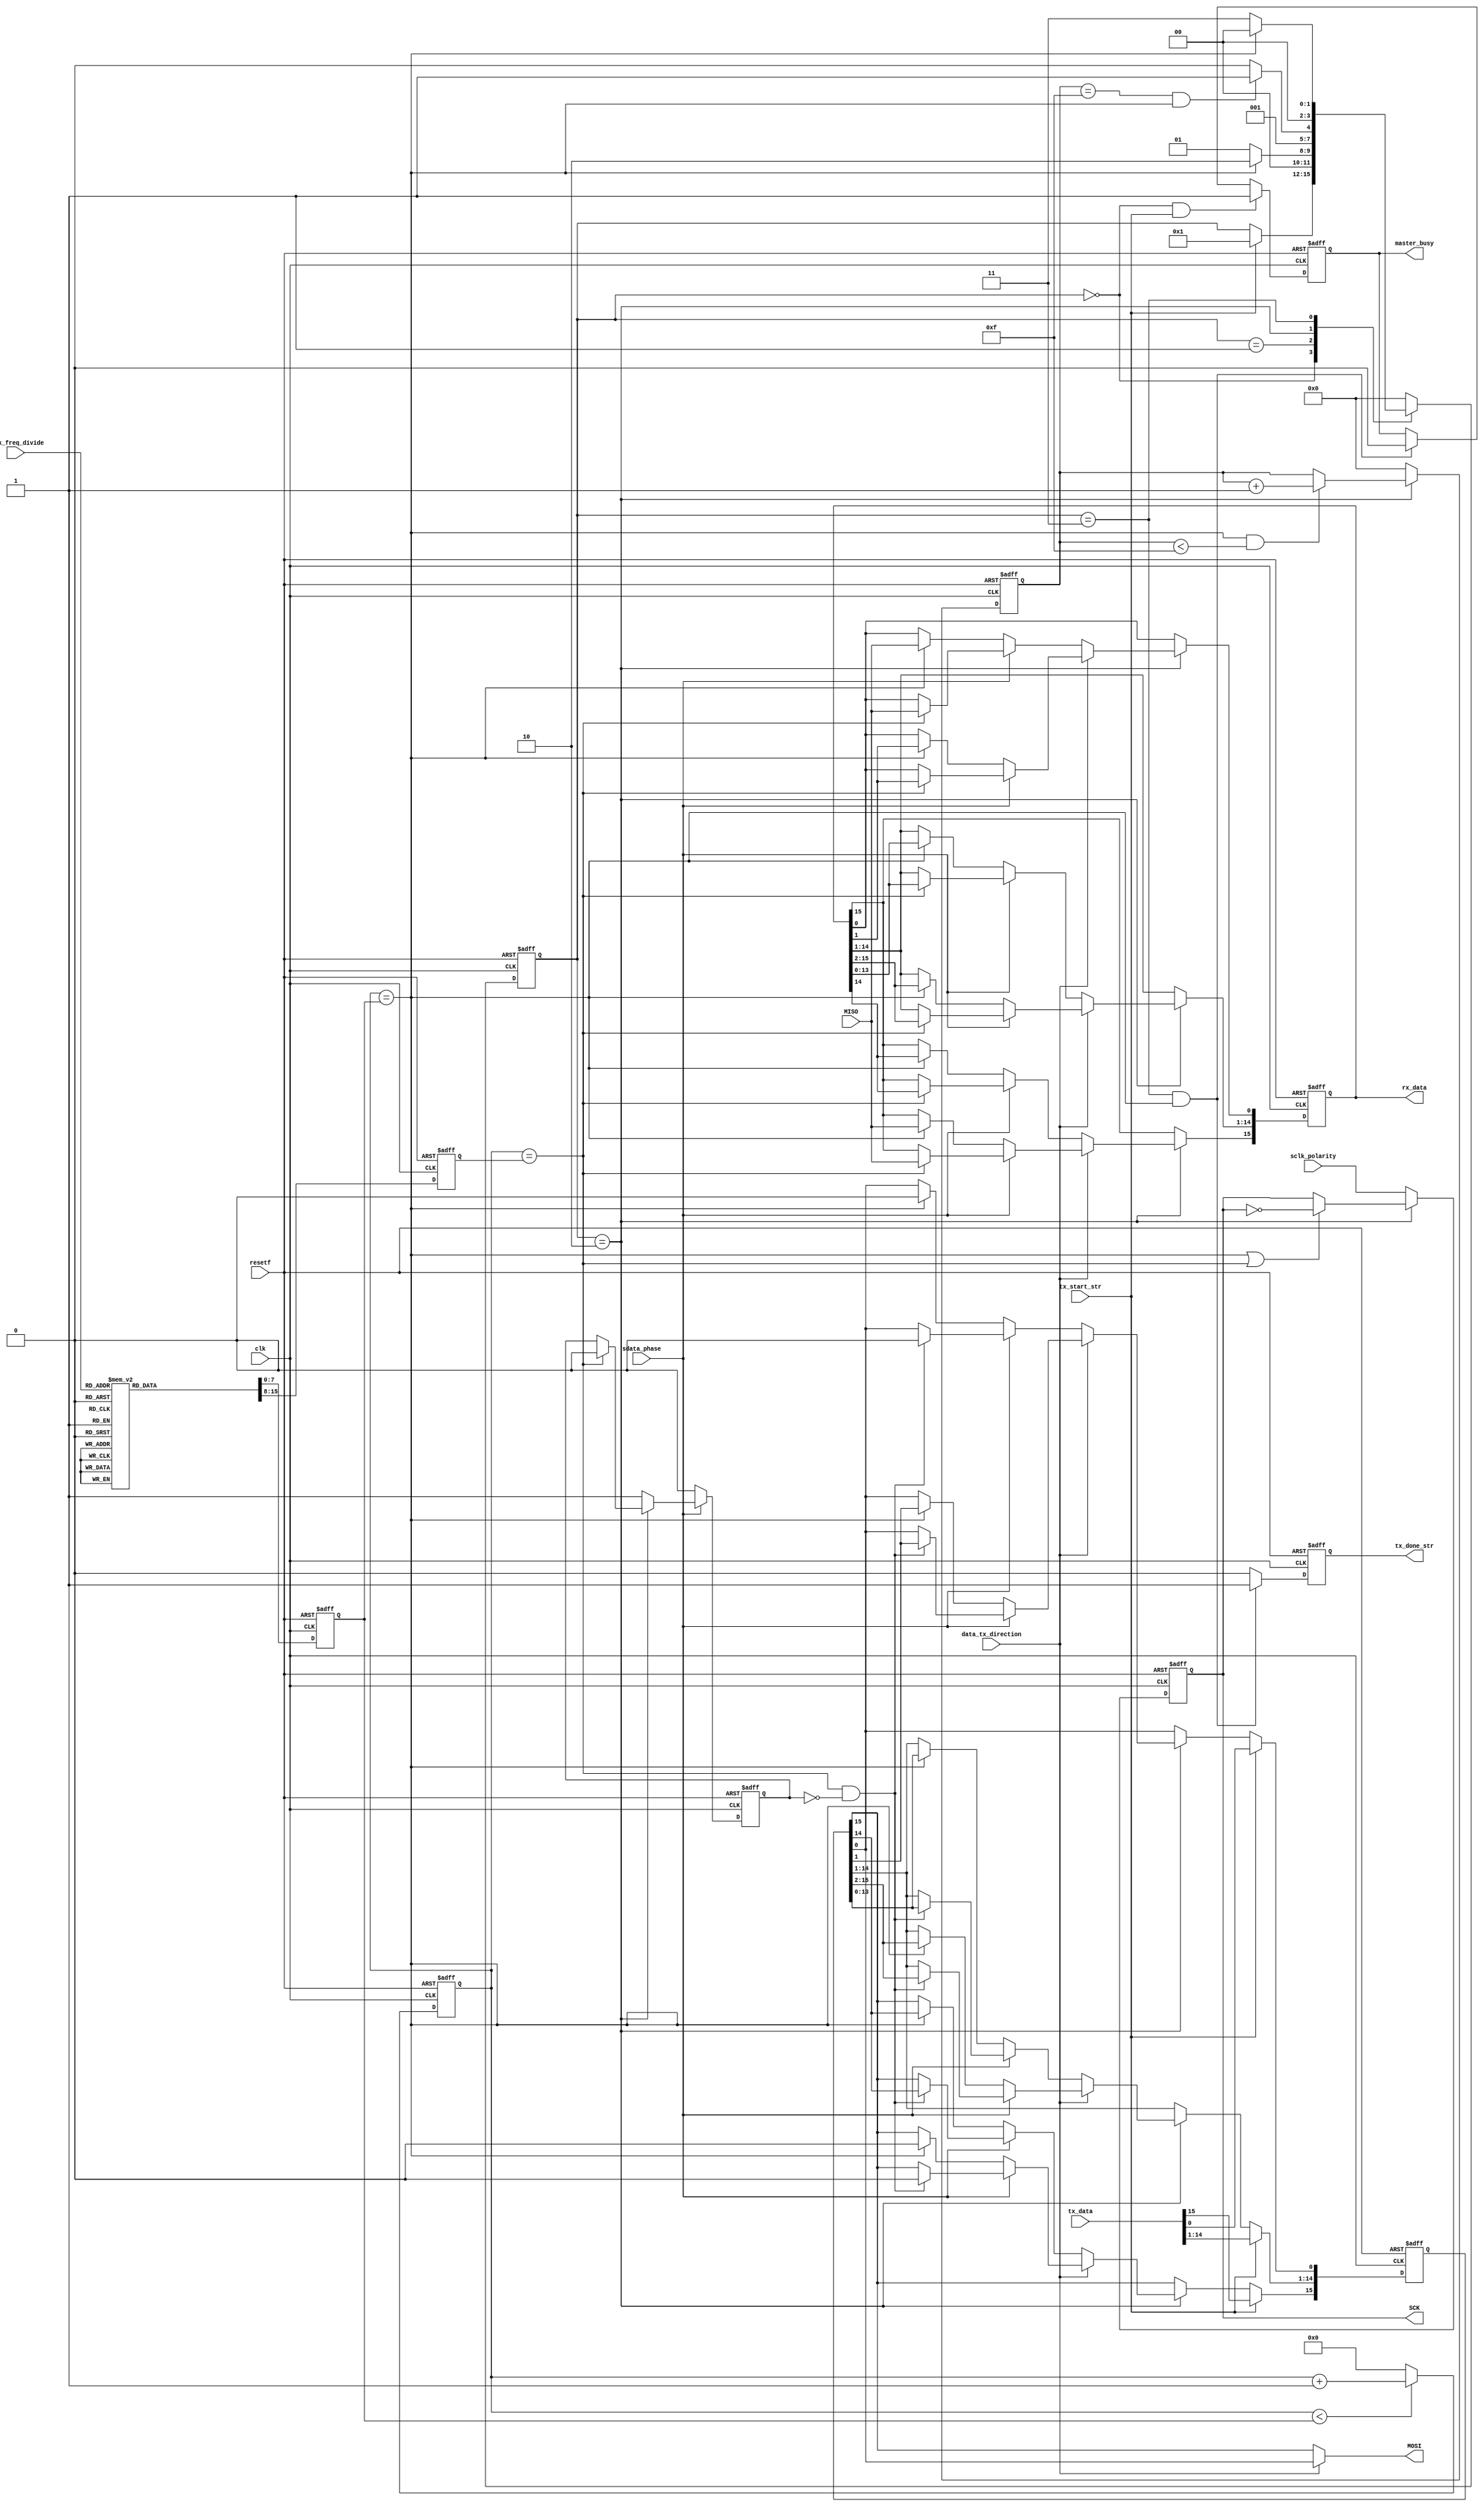
//--------------------------------------------------------------------------------------------------
//
// Title       : spi_master
// Design      : SPI master controller
// Company     : Advanced Motion Controls
//
// Module Name : spi_master
// Description : 
//
// Revision History:
//-------------------------------------------------------------------------------------------------
// Mod. Date:	|	Author:		|	Version:	|		Changes Made:
//=================================================================================================
// 04/23/09		|	M.Chen		|	0.01		|	Initial Revision
//-------------------------------------------------------------------------------------------------
//

`timescale 1ns / 1ps

module spi_master (
	clk,
	resetf,
	rx_data,
	tx_data,
	tx_start_str,
	tx_done_str,
	sclk_freq_divide,		//"000" 2, "001", 4, ... "111" 256
	sclk_polarity,			//"0" nominal zero, "1" nominal one.
	sdata_phase,			//"0" in sync with sclk, "1" 90 degree from sclk
	data_tx_direction,	//"0" MSB tx first, "1" LSB tx first.
	master_busy,			//"0" can disable master.  "1" master still doing stuff, don't disable.
	SCK,
	MISO,
	MOSI
);

/*********************************************************************/
// Port Declarations         
/*********************************************************************/
input							clk;
input							resetf;
input	[15:0]				tx_data;
input							tx_start_str;
input	[2:0]					sclk_freq_divide;
input							sclk_polarity;
input							sdata_phase;
input							data_tx_direction;
input							MISO;
output	reg	[15:0]	rx_data;
output	reg				tx_done_str;
output	reg				master_busy;
output	reg				SCK;
output						MOSI;

/*********************************************************************/
// Data Type Declarations
/*********************************************************************/
// Parameter Declarations
parameter	count_2		= 3'b000;
parameter	count_4		= 3'b001;
parameter	count_8		= 3'b010;
parameter	count_16		= 3'b011;
parameter	count_32		= 3'b100;
parameter	count_64		= 3'b101;
parameter	count_128	= 3'b110;
parameter	count_256	= 3'b111;

parameter	idle		= 4'h0;
parameter	tx_wait	= 4'h1;
parameter	tx_on		= 4'h2;
parameter	hold		= 4'h3;

parameter	max_bits = 4'hF;	// we go from 0 to 15 which makes 16 bits
parameter	msb_first = 1'b0;
parameter	lsb_first = 1'b1;
parameter	data_in_sync = 1'b0;
parameter	data_out_sync = 1'b1;
parameter	iTrue = 1'b1;
parameter	iFalse = 1'b0;

// Wire Declarations

// Register Declarations
reg	[7:0]		max_clk_cnt;
reg	[7:0]		half_clk_cnt;
reg	[7:0]		clk_counter;
reg	[3:0]		bit_counter;
reg	[15:0]	tx_data_copy;
reg	[3:0]		main_state;
reg				skip_first;


/********************************************************************************/
//										Main Code
/********************************************************************************/
// Combinatorial logic

// Sequential logic

// main state machine
always @(posedge clk or negedge resetf)
begin
	if (~resetf)
		main_state <= idle;
	else
		case (main_state)
			idle		:
				if (tx_start_str == iTrue)
					main_state <= tx_wait;
				else
					main_state <= main_state;
			tx_wait	:
				if (clk_counter == max_clk_cnt)
					main_state <= tx_on;
				else
					main_state <= tx_wait;
			tx_on		:
				if ( (bit_counter == max_bits) && (clk_counter == max_clk_cnt) )
					main_state <= hold;
				else
					main_state <= tx_on;
			hold		:
				if (clk_counter == max_clk_cnt)
					main_state <= idle;
				else
					main_state <= hold;
			default	:	main_state <= idle;
		endcase
end

// clock counter
always @(posedge clk or negedge resetf)
begin
	if (~resetf)
		clk_counter <= 8'h00;
	else if (clk_counter < max_clk_cnt)
		clk_counter <= clk_counter + 1'b1;
	else
		clk_counter <= 8'h00;
end

// bit counter
always @(posedge clk or negedge resetf)
begin
	if (~resetf)
		bit_counter <= 4'h0;
	else if (main_state == tx_on)
		if ( (clk_counter == max_clk_cnt) && (bit_counter < max_bits) )
			bit_counter <= bit_counter + 1'b1;
		else
			bit_counter <= bit_counter;
	else
		bit_counter <= 4'h0;
end

// find max number to count to.
always @(posedge clk or negedge resetf)
begin
	if (~resetf) begin
		max_clk_cnt <= 8'h01;
		half_clk_cnt <= 8'h00;
	end else
		case (sclk_freq_divide)
			count_2		:	begin max_clk_cnt <= 8'h01; half_clk_cnt <= 8'h00; end
			count_4		:	begin max_clk_cnt <= 8'h03; half_clk_cnt <= 8'h01; end
			count_8		:	begin max_clk_cnt <= 8'h07; half_clk_cnt <= 8'h03; end
			count_16		:	begin max_clk_cnt <= 8'h0F; half_clk_cnt <= 8'h07; end
			count_32		:	begin max_clk_cnt <= 8'h1F; half_clk_cnt <= 8'h0F; end
			count_64		:	begin max_clk_cnt <= 8'h3F; half_clk_cnt <= 8'h1F; end
			count_128	:	begin max_clk_cnt <= 8'h7F; half_clk_cnt <= 8'h3F; end
			count_256	:	begin max_clk_cnt <= 8'hFF; half_clk_cnt <= 8'h7F; end
			default		:	begin max_clk_cnt <= 8'h01; half_clk_cnt <= 8'h00; end
		endcase
end

// skipping the rist rising edge when data is in-sync.
always @(posedge clk or negedge resetf)
begin
	if (~resetf)
		skip_first <= 1'b0;
	else if (sdata_phase == data_in_sync)
		skip_first <= 1'b0;
	else if (main_state == tx_on)
		if (clk_counter == half_clk_cnt)
			skip_first <= 1'b0;
		else
			skip_first <= skip_first;
	else
		skip_first <= 1'b1;
end

// tx_data shifter
always @(posedge clk or negedge resetf)
begin
	if (~resetf)
		tx_data_copy <= 16'h0000;
	else if (tx_start_str == iTrue)
		tx_data_copy <= tx_data;
	else if (main_state == tx_on)
		if (data_tx_direction == msb_first)
			if (sdata_phase == data_in_sync)
				if (clk_counter == max_clk_cnt) begin
					tx_data_copy[15:1] <= tx_data_copy[14:0];
					tx_data_copy[0] <= 1'b0;
				end
				else
					tx_data_copy <= tx_data_copy;
			else
				if ( (clk_counter == half_clk_cnt) && (skip_first == iFalse) ) begin
					tx_data_copy[15:1] <= tx_data_copy[14:0];
					tx_data_copy[0] <= 1'b0;
				end
				else
					tx_data_copy <= tx_data_copy;
		else
			if (sdata_phase == data_in_sync)
				if (clk_counter == max_clk_cnt) begin
					tx_data_copy[14:0] <= tx_data_copy[15:1];
					tx_data_copy[15] <= 1'b0;
				end
				else
					tx_data_copy <= tx_data_copy;
			else
				if ( (clk_counter == half_clk_cnt) && (skip_first == iFalse) ) begin
					tx_data_copy[14:0] <= tx_data_copy[15:1];
					tx_data_copy[15] <= 1'b0;
				end
				else
					tx_data_copy <= tx_data_copy;
	else
		tx_data_copy <= tx_data_copy;
end

//-------------------------
//		Output Logic
//-------------------------
assign MOSI = (data_tx_direction == msb_first) ? tx_data_copy[15] : tx_data_copy[0];

always @(posedge clk or negedge resetf)
begin
	if (~resetf)
		SCK <= 1'b0;
	else if (main_state == tx_on)
		if ( (clk_counter == max_clk_cnt) || (clk_counter == half_clk_cnt) )
			SCK <= ~SCK;
		else
			SCK <= SCK;
	else
		SCK <= sclk_polarity;
end

always @(posedge clk or negedge resetf)
begin
	if (~resetf)
		tx_done_str <= 1'b0;
	else if ( (main_state == hold) && (clk_counter == max_clk_cnt) )
		tx_done_str <= 1'b1;
	else
		tx_done_str <= 1'b0;
end

always @(posedge clk or negedge resetf)
begin
	if (~resetf)
		master_busy <= 1'b0;
	else if ( (main_state == idle) && (tx_start_str == iTrue) )
		master_busy <= 1'b1;
	else if ( (main_state == hold) && (clk_counter == max_clk_cnt) )
		master_busy <= 1'b0;
	else
		master_busy <= master_busy;
end

always @(posedge clk or negedge resetf)
begin
	if (~resetf)
		rx_data <= 16'h0000;
	else if (main_state == tx_on)
		if (data_tx_direction == msb_first)
			if (sdata_phase == data_in_sync)
				if (clk_counter == max_clk_cnt) begin //half_clk_cnt) begin
					rx_data [15:1]	<= rx_data [14:0];
					rx_data [0]		<= MISO;
				end
				else
					rx_data <= rx_data;
			else
				if (clk_counter == half_clk_cnt) begin //max_clk_cnt) begin
					rx_data [15:1]	<= rx_data [14:0];
					rx_data [0]		<= MISO;
				end
				else
					rx_data <= rx_data;
		else
			if (sdata_phase == data_in_sync)
				if (clk_counter == max_clk_cnt) begin //half_clk_cnt) begin
					rx_data [14:0]	<= rx_data [15:1];
					rx_data [15]	<= MISO;
				end
				else
					rx_data <= rx_data;
			else
				if (clk_counter == half_clk_cnt) begin //max_clk_cnt) begin
					rx_data [14:0]	<= rx_data [15:1];
					rx_data [15]	<= MISO;
				end
				else
					rx_data <= rx_data;
	else
		rx_data <= rx_data;
end

endmodule